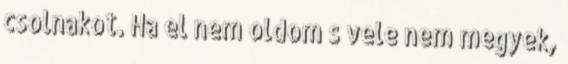
csolnakot. Ha el nem oldom s vele nem megyek,